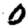
Digit: 0